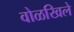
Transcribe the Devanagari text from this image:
वोळखिले